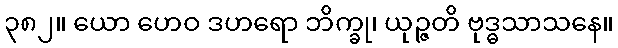
၃၈၂။ ယော ဟေဝ ဒဟရော ဘိက္ခု၊ ယုဉ္ဇတိ ဗုဒ္ဓသာသနေ။